Report of an investigation into the causes of malaria in Bombay and the measures necessary for its control
Disease focus: Malaria
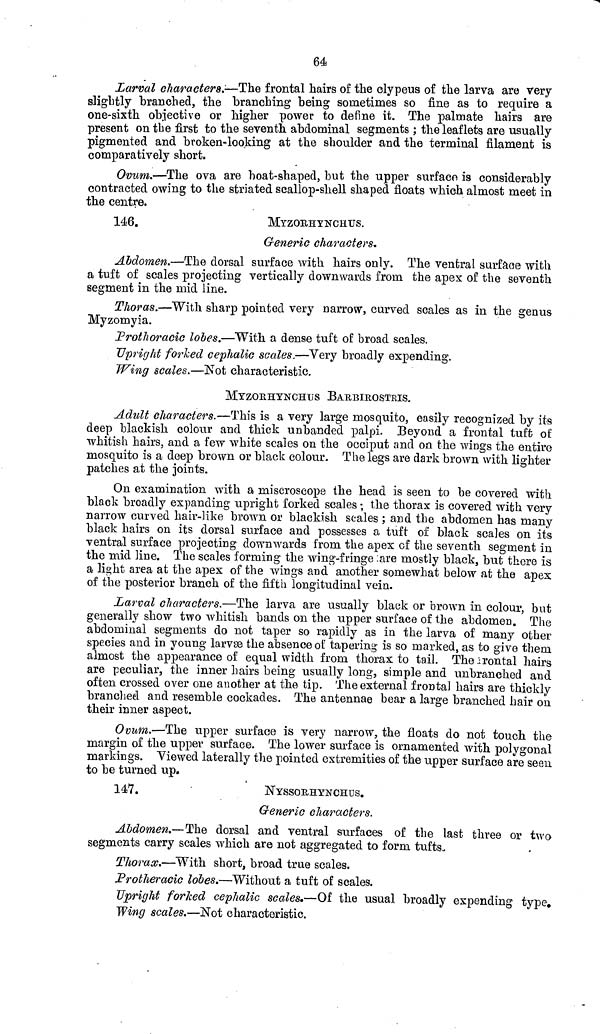
64
Larval characters.—The frontal hairs of the clypeus of the larva are very
slightly branched, the branching being sometimes so fine as to require a
one-sixth objective or higher power to define it. The palmate hairs are
present on the first to the seventh abdominal segments ; the leaflets are usually
pigmented and broken-looking at the shoulder and the terminal filament is
comparatively short.
Ovum.—The ova are boat-shaped, but the upper surface is considerably
contracted owing to the striated scallop-shell shaped floats which almost meet in
the centre.
146.
MYZORHYNCHUS.
Generic characters.
Abdomen.—The dorsal surface with hairs only. The ventral surface with
a tuft of scales projecting vertically downwards from the apex of the seventh
segment in the mid line.
Thoras.—With sharp pointed very narrow, curved scales as in the genus
Myzomyia.
Prothoracic lobes.—With a dense tuft of broad scales.
Upright forked cephalic scales.—Very broadly expending.
Wing scales.—Not characteristic.
MYZORHTNCHUS BARBIROSTRIS.
Adult characters.—This is a very large mosquito, easily recognized by its
deep blackish colour and thick unhanded palpi. Beyond a frontal tuft of
whitish hairs, and a few white scales on the occiput and on the wings the entire
mosquito is a deep brown or black colour. The legs are dark brown with lighter
patches at the joints.
On examination with a miscroscope the head is seen to be covered with
black broadly expanding upright forked scales ; the thorax is covered with very
narrow curved hair-like brown or blackish scales ; and the abdomen has many
black hairs on its dorsal surface and possesses a tuft of black scales on its
ventral surface projecting downwards from the apex of the seventh segment in
the mid line. The scales forming the wing-fringe :are mostly black, but there is
a light area at the apex of the wings and another somewhat below at the apex
of the posterior branch of the fifth longitudinal vein.
Larval characters.—The larva are usually black or brown in colour, but
generally show two whitish bands on the upper surface of the abdomen. The
abdominal segments do not taper so rapidly as in the larva of many other
species and in young larvae the absence of tapering is so marked, as to give them
almost the appearance of equal width from thorax to tail. The irontal hairs
are peculiar, the inner hairs being usually long, simple and unbranched and
often crossed over one another at the tip. The external frontal hairs are thickly
branched and resemble cockades. The antennae bear a large branched hair on
their inner aspect.
Ovum.—The upper surface is very narrow, the floats do not touch the
margin of the upper surface. The lower surface is ornamented with polygonal
markings. Viewed laterally the pointed extremities of the upper surface are seen
to be turned up.
147.
NYSSORHYNCHUS.
Generic characters.
Abdomen.—The dorsal and ventral surfaces of the last three or two
segments carry scales which are not aggregated to form tufts.
Thorax.—With short, broad true scales.
Protheracic lobes.—Without a tuft of scales.
Upright forked cephalic scales.—Of the usual broadly expending type.
Wing scales.—Not characteristic.